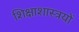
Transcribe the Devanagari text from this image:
शिक्षाशास्त्रयों